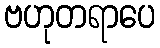
ဗဟုတရာပေ